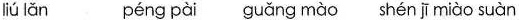
liú lǎn péng pài guǎng mào hén jī miào suàn